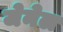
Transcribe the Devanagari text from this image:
जेनेल